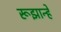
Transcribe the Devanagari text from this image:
रूझान्हे